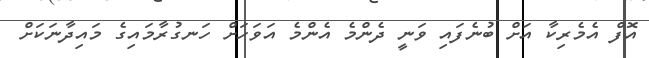
އޮފް އެމެރިކާ އަށް ބުނެފައި ވަނީ ދެންމެ އެންމެ އަވަހަށް ހަނގުރާމައިގެ މައިދާނަކަށް